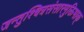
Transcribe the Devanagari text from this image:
जन्तुश्चित्रसंसारमुक्तिभाक्